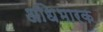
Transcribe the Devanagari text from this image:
अधिभारक